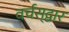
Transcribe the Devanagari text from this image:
वर्चस्‌द्वार